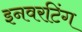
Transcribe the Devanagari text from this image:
इनवरटिंग